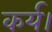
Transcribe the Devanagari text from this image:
कर्य।